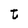
Character: t